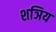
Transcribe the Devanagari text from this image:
शञिय